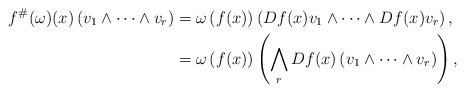
\begin{align*}f^{\#}(\omega)(x)\left(v_{1}\wedge\dots\wedge v_{r}\right) & =\omega\left(f(x)\right)\left(Df(x)v_{1}\wedge\dots\wedge Df(x)v_{r}\right),\\ & =\omega\left(f(x)\right)\left(\bigwedge_{r}Df(x)\left(v_{1}\wedge\dots\wedge v_{r}\right)\right),\end{align*}